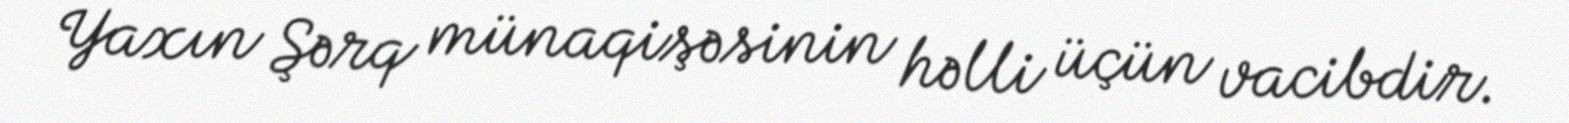
Yaxın Şərq münaqişəsinin həlli üçün vacibdir.